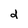
Character: d